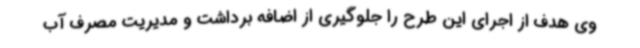
وی هدف از اجرای این طرح را جلوگیری از اضافه برداشت و مدیریت مصرف آب